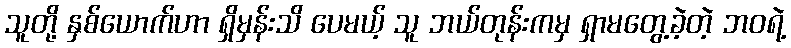
သူတို့ နှစ်ယောက်ဟာ ရှိမှန်းသိ ပေမယ့် သူ ဘယ်တုန်းကမှ ရှာမတွေ့ခဲ့တဲ့ ဘဝရဲ့